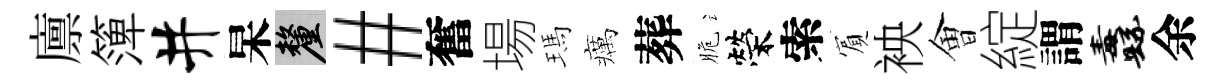
廪𥱼井杲厘#奮場瑪癘葬脆榮索賔䘧㑹綻謂纛余